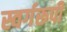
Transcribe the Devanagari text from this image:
स्वर्गरूपी